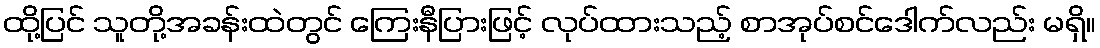
ထို့ပြင် သူတို့အခန်းထဲတွင် ကြေးနီပြားဖြင့် လုပ်ထားသည့် စာအုပ်စင်ဒေါက်လည်း မရှိ။